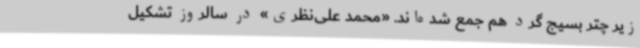
زیر چتر بسیج گرد هم جمع شده‌اند. «محمد علی‌نظری» در سالروز تشکیل